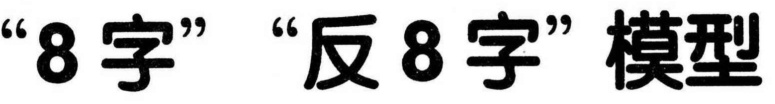
“8字” “反8字”模型